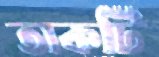
তাকটি